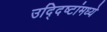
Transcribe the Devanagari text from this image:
उद्दिष्टांमध्ये